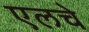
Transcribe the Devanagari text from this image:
एलचे